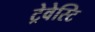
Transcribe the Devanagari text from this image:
ट्रेवेस्टि